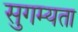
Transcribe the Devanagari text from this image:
सुगम्यता